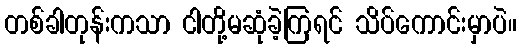
တစ်ခါတုန်းကသာ ငါတို့မဆုံခဲ့ကြရင် သိပ်ကောင်းမှာပဲ။